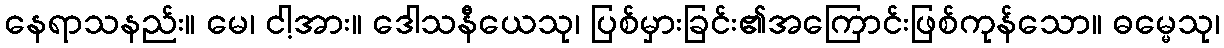
နေရာသနည်း။ မေ၊ ငါ့အား။ ဒေါသနီယေသု၊ ပြစ်မှားခြင်း၏အကြောင်းဖြစ်ကုန်သော။ ဓမ္မေသု၊